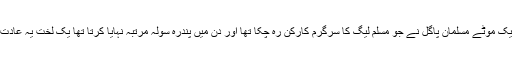
چنیوٹ کے ایک موٹے مسلمان پاگل نے جو مسلم لیگ کا سرگرم کارکُن رہ چکا تھا اور دن میں پندرہ سولہ مرتبہ نہایا کرتا تھا یک لخت یہ عادت ترک کردی۔